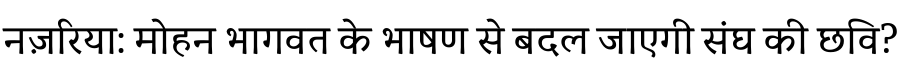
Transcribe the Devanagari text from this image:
नज़रिया: मोहन भागवत के भाषण से बदल जाएगी संघ की छवि?